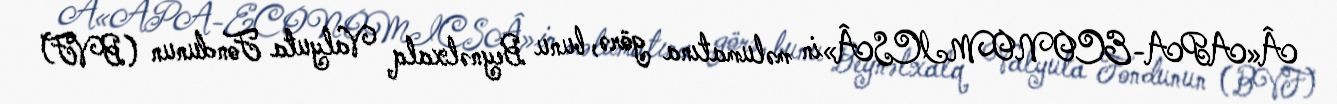
Â«APA-ECONOMICSÂ»in məlumatına görə, bunu Beynəlxalq Valyuta Fondunun (BVF)